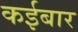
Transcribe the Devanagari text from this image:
कईबार